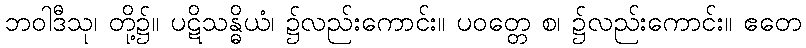
ဘဝါဒီသု၊ တို့၌။ ပဋိသန္ဓိယံ၊ ၌လည်းကောင်း။ ပဝတ္တေ စ၊ ၌လည်းကောင်း။ ဧတေ